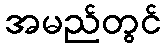
အမည်တွင်